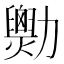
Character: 𠣆